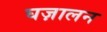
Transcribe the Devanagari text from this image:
घज़ालन